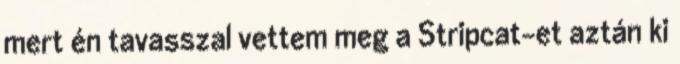
mert én tavasszal vettem meg a Stripcat-et aztán ki